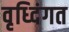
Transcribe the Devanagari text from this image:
वृध्दिंगत